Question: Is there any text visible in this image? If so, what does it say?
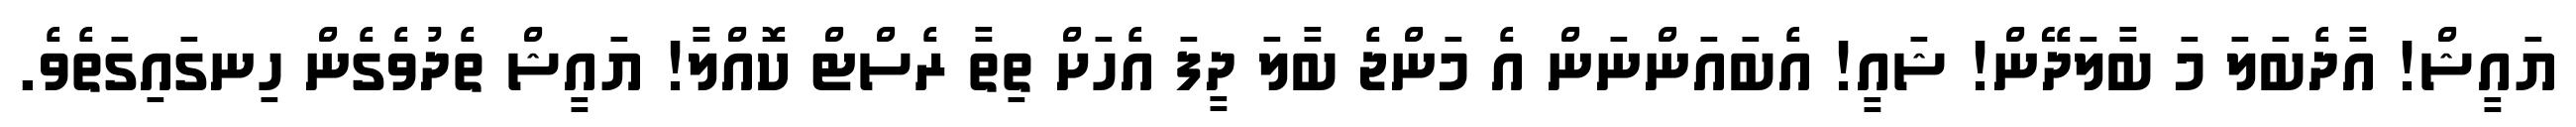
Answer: ޔައީޝް! އާދެބަލަ މަ ބާލަދޭން! ޝައީ! އެބައަންނަން އެ މަންޖެ ބާލަ ދީފަ އެހަށް ތިތާ ރެސްޓް ކޮއްލާ! ޔައީޝް ތެދުވެގެން ހިނގައިގަތެވެ.